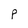
Character: P